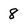
Character: 8